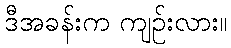
ဒီအခန်းက ကျဉ်းလား။